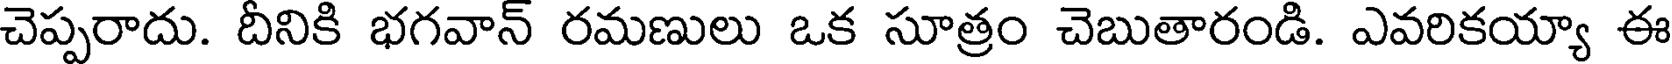
చెప్పరాదు. దీనికి భగవాన్ రమణులు ఒక సూత్రం చెబుతారండి. ఎవరికయ్యా ఈ